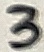
Text: 3